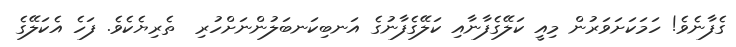
ގެފާނެވެ! ހަމަކަށަވަރުން މިއީ ކަލޭގެފާނާއި ކަލޭގެފާނުގެ އަނބިކަނބަލުންނަށްހުރި  ތެރިޔެކެވެ. ފަހެ އެކަލޭގެ